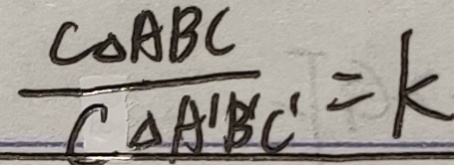
\frac { C _ { \Delta A B C } } { C _ { \Delta A ^ { \prime } B ^ { \prime } C ^ { \prime } } } = k